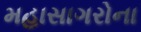
મહાસાગરોના